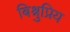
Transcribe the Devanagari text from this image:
बिश्नुप्रिय